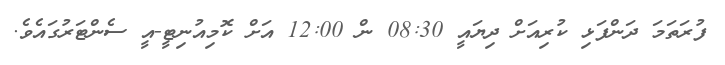
ފުރަތަމަ ދަންފަޅި ކުރިއަށް ދިޔައީ 08:30 ން 12:00 އަށް ކޮމިއުނިޓީ-އީ ސެންޓަރުގައެވެ.